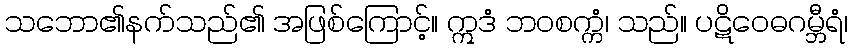
သဘော၏နက်သည်၏ အဖြစ်ကြောင့်။ ဣဒံ ဘဝစက္ကံ၊ သည်။ ပဋိဝေဓဂမ္ဘီရံ၊